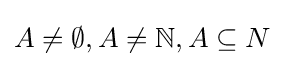
A\neq \emptyset ,A\neq \mathbb {N} ,A\subseteq N